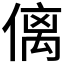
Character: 𠌯